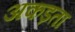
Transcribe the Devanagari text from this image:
अकड़ता